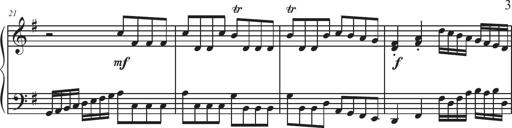
Title: Sonatina Espania
Composer: Jerald Franklin Archer
Key: Various